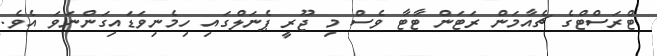
ޓްރަސްޓްގެ ޗެއާމަން ރަޓަން ޓާޓާ ވެސް މި ޖޫރީ ޕެނަލްގައި ހިމެނިވަޑައިގަންނަވަ އެވެ.